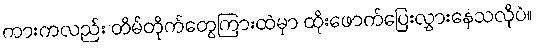
ကားကလည်း တိမ်တိုက်တွေကြားထဲမှာ ထိုးဖောက်ပြေးလွှားနေသလိုပဲ။